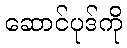
ဆောင်ပုဒ်ကို